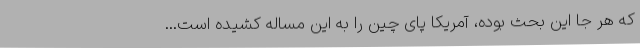
که هر جا این بحث بوده، آمریکا پای چین را به این مساله کشیده است...